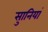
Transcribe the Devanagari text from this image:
सुानियां